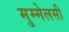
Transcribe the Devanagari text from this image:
मुम्मेलसी